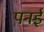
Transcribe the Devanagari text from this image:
पनई